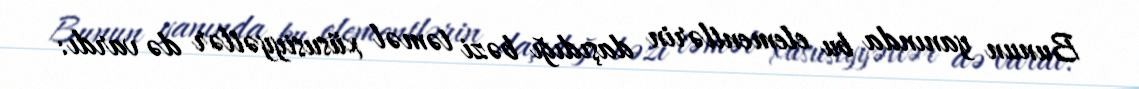
Bunun yanında bu elementlərin daşıdığı bəzi təməl xüsusiyyətlər də vardı: